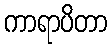
ကာရာပိတာ